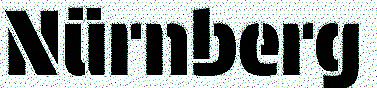
Nürnberg